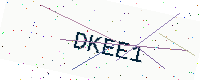
Text: DKEE1